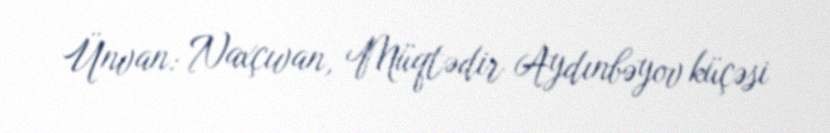
Ünvan: Naxçıvan, Müqtədir Aydınbəyov küçəsi